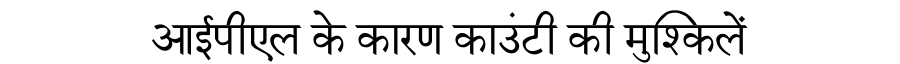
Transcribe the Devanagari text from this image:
आईपीएल के कारण काउंटी की मुश्किलें